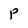
Character: P